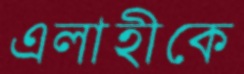
এলাহীকে